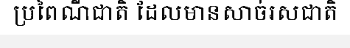
ប្រពៃណីជាតិ ដែលមានសាច់រសជាតិ